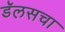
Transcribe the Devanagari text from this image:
डॅलसचा